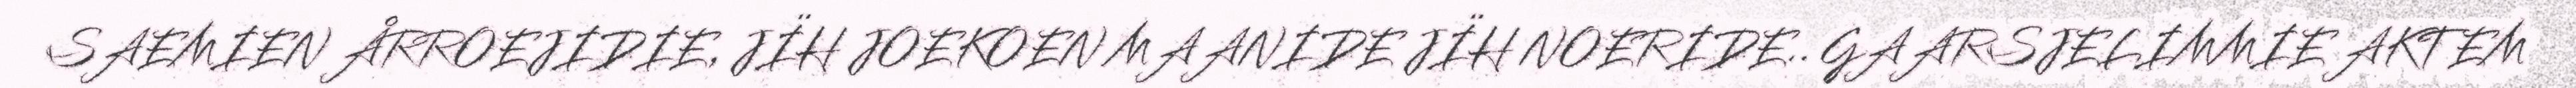
SAEMIEN ÅRROEJIDIE, JÏH JOEKOEN MAANIDE JÏH NOERIDE.. GAARSJELIMMIE AKTEM